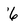
Character: 6